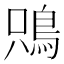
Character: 𩿦